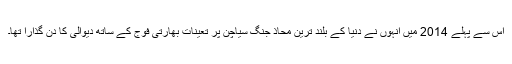
اس سے پہلے 2014 میں انہوں نے دنیا کے بلند ترین محاذ جنگ سیاچن پر تعینات بھارتی فوج کے ساتھ دیوالی کا دن گذارا تھا۔